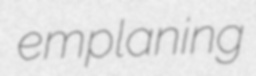
emplaning